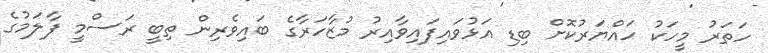
ހަތަރު މީހަކު ހައްޔަރުކޮށް ބިޑި އަޅުވައިފައިވާއިރު މުޒާހަރާގެ ބައިވެރިން ތިބީ ރަސްމީ ފާލަމުގެ